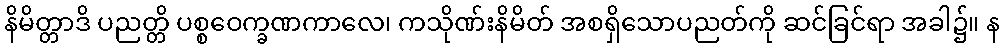
နိမိတ္တာဒိ ပညတ္တိ ပစ္စဝေက္ခဏကာလေ၊ ကသိုဏ်းနိမိတ် အစရှိသောပညတ်ကို ဆင်ခြင်ရာ အခါ၌။ န